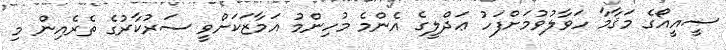
ސީއީއޯގެ މަޤާމާ ހަވާލުވުމަށްފަހު ޢަދްލީގެ އެންމެ މުހިންމު އަމާޒަކަށްވީ ސަރުކާރުގެ ތެރެއިން މި